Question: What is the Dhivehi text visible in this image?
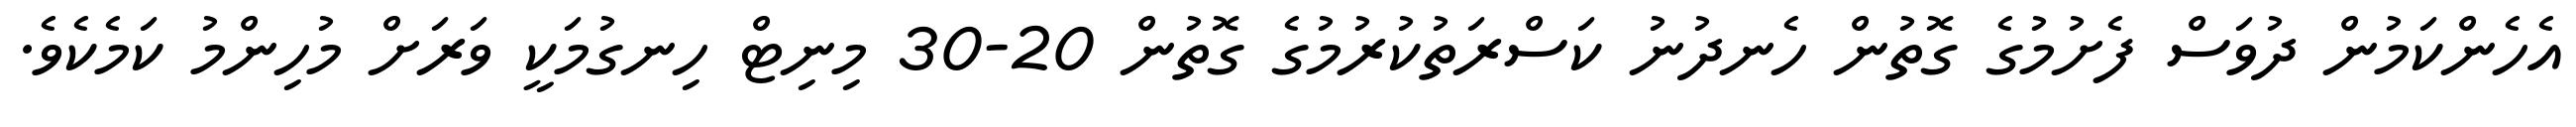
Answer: އެހެންކަމުން ދުވަސް ފެށުމުގެ ގޮތުން ހެނދުނު ކަސްރަތުކުރުމުގެ ގޮތުން 20-30 މިނިޓް ހިނގުމަކީ ވަރަށް މުހިންމު ކަމެކެވެ.